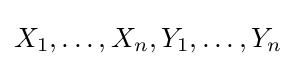
X_{1},\ldots ,X_{n},Y_{1},\ldots ,Y_{n}